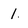
Character: 1